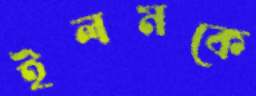
ইলমকে